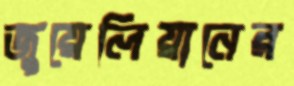
জুয়েলিয়ানের